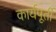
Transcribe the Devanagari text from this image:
कार्यपूर्ती